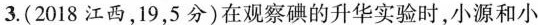
3.(2018江西，19，5分)在观察碘的升华实验时，小源和小